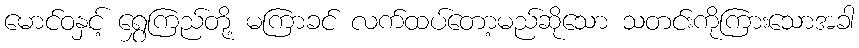
မောင်ဝနှင့် ရွှေကြည်တို့ မကြာခင် လက်ထပ်တော့မည်ဆိုသော သတင်းကိုကြားသောအခါ